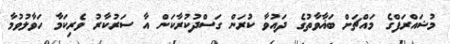
މުޝައްރަފްގެ މައްޗަށް ބަޣާވާތުގެ ދައުވާ ކުރަން ގަސްދުކުރާކަން އާ ސަރުކާރު ވެރިކަމާ ހަވާލުވުމާ